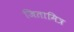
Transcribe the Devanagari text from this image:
जितामित्र